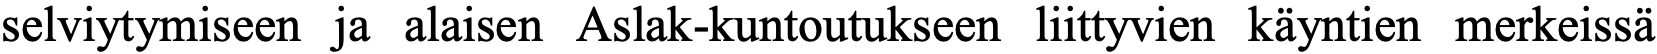
selviytymiseen ja alaisen Aslak-kuntoutukseen liittyvien käyntien merkeissä